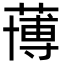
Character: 𮑀